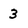
Character: 3